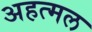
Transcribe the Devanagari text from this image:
अहत्मल